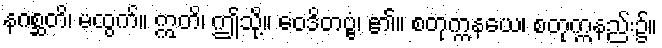
နဂစ္ဆတိ၊ မထွက်။ ဣတိ၊ ဤသို့။ ဝေဒိတဗ္ဗံ၊ ၏။ စတုက္ကနယေ၊ စတုက္ကနည်း၌။